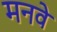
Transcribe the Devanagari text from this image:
मनवे